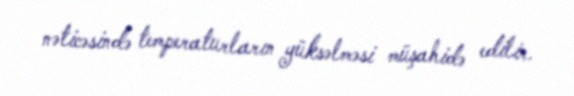
nəticəsində temperaturların yüksəlməsi müşahidə edilir.